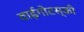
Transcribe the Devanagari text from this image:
वाईगोटस्की